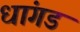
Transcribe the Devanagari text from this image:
धांगड